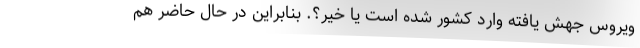
ویروس جهش یافته وارد کشور شده است یا خیر؟. بنابراین در حال حاضر هم